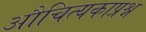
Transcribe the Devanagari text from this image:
औचित्यकाप्रश्न